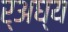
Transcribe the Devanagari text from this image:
र्अघ्य